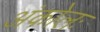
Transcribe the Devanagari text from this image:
अंकोलः